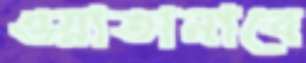
ওয়াতানাবে